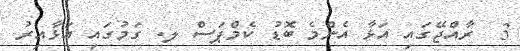
3  ރާއްޖޭގައި އަޅާ އެންމެ ބޮޑު ކެމްޕަސް ލ. ގަމުގައި އަޅާއިރު